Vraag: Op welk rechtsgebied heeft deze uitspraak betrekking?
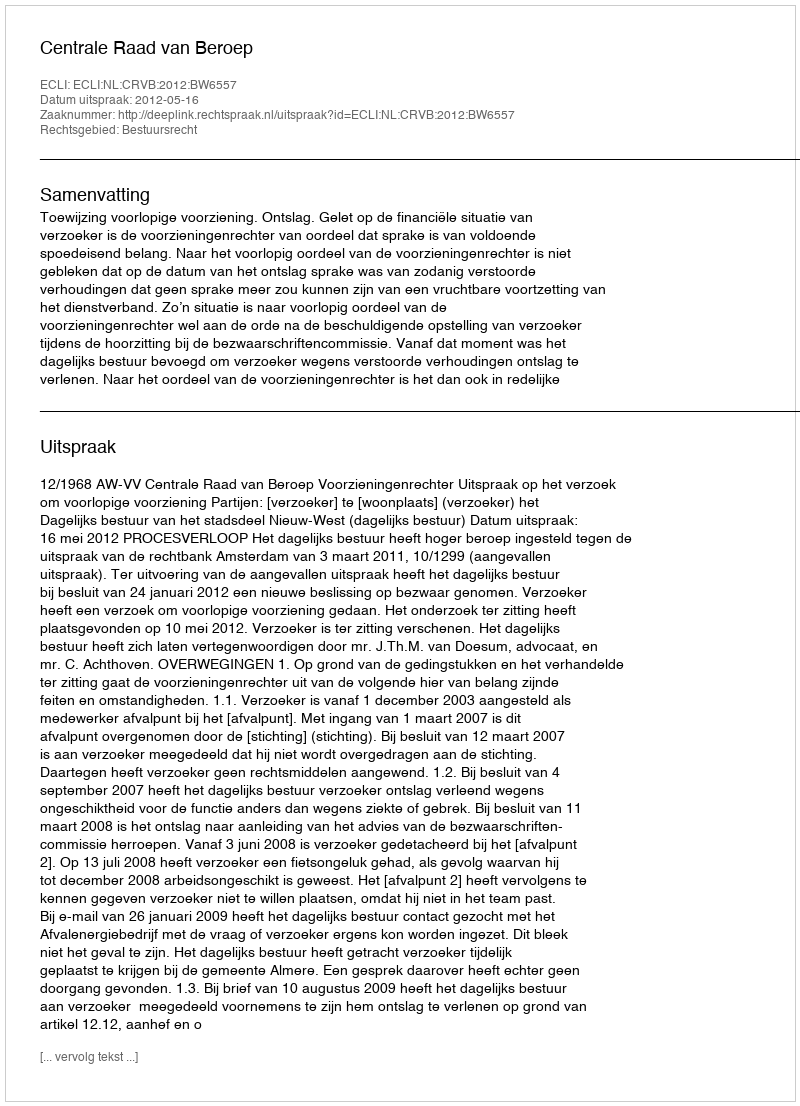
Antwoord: Bestuursrecht